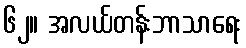
၆၂။ အလယ်တန်းဘာသာရေး